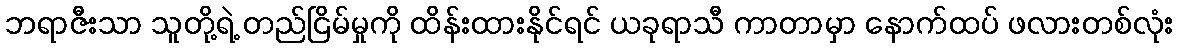
ဘရာဇီးသာ သူတို့ရဲ့ တည်ငြိမ်မှုကို ထိန်းထားနိုင်ရင် ယခုရာသီ ကာတာမှာ နောက်ထပ် ဖလားတစ်လုံး